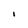
Character: I